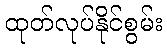
ထုတ်လုပ်နိုင်စွမ်း